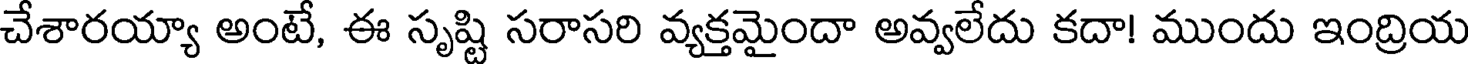
చేశారయ్యా అంటే, ఈ సృష్టి సరాసరి వ్యక్తమైందా అవ్వలేదు కదా! ముందు ఇంద్రియ